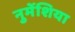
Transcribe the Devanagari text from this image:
नुमेंशिया